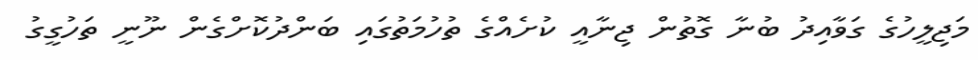
މަޖިލީހުގެ ގަވާއިދު ބުނާ ގޮތުން ޖިނާއީ ކުށެއްގެ ތުހުމަތުގައި ބަންދުކޮށްގެން ނޫނީ ތަހުގީގު